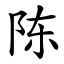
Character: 陈